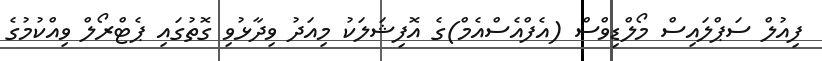
ފިއުލް ސަޕްލައިސް މޯލްޑިވްސް (އެފްއެސްއެމް)ގެ އޮފިޝަލަކު މިއަދު ވިދާޅުވި ގޮތުގައި ޕެޓްރޯލް ވިއްކުމުގެ